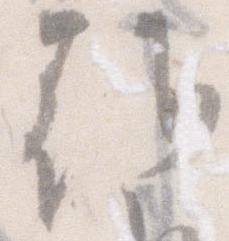
朝